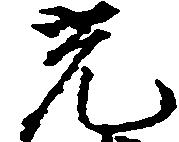
光